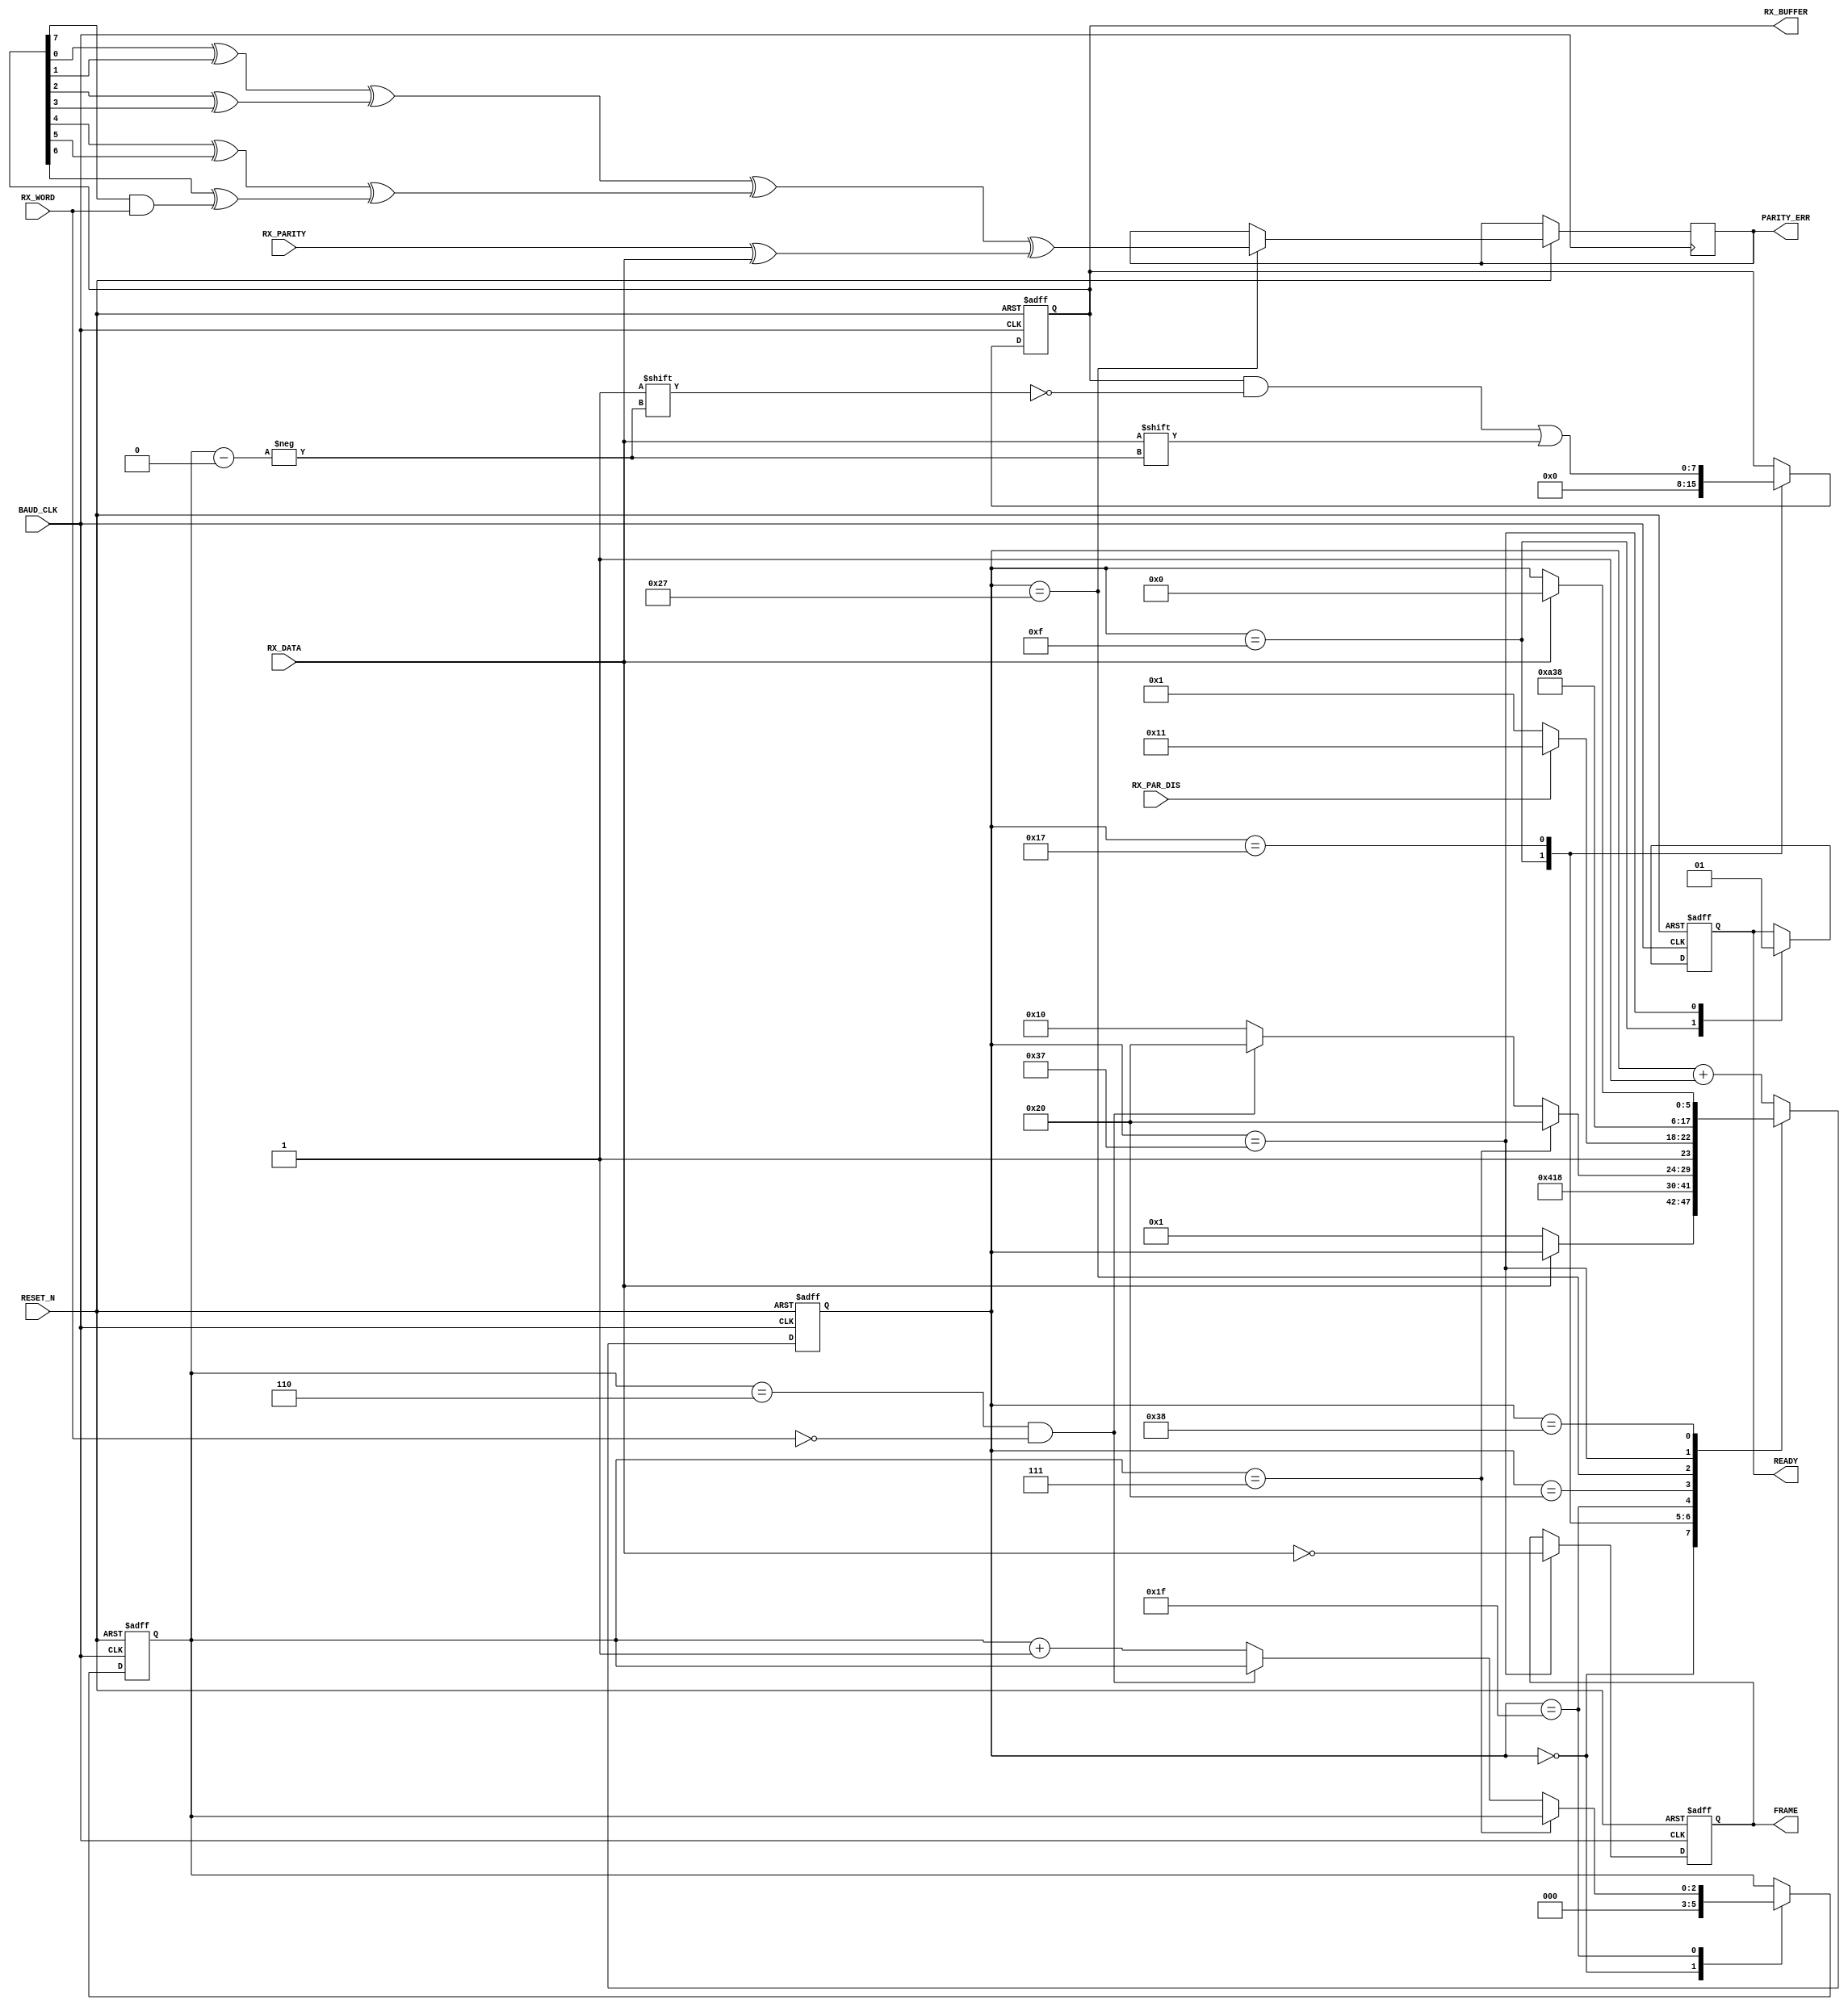
////////////////////////////////////////////////////////////////////////////////
// Project Name:	CoCo3FPGA Version 1.0
//
// CoCo3 in an FPGA
// Based on the Spartan 3 Starter board by Digilent Inc.
// with the 1000K gate upgrade
//
// Revision: 1.0 08/31/08
////////////////////////////////////////////////////////////////////////////////
//
// CPU section copyrighted by John Kent
//
////////////////////////////////////////////////////////////////////////////////
//
// Color Computer 3 compatible system on a chip
//
// Version : 1.0
//
// Copyright (c) 2008 Gary Becker (gary_l_becker@yahoo.com)
//
// All rights reserved
//
// Redistribution and use in source and synthezised forms, with or without
// modification, are permitted provided that the following conditions are met:
//
// Redistributions of source code must retain the above copyright notice,
// this list of conditions and the following disclaimer.
//
// Redistributions in synthesized form must reproduce the above copyright
// notice, this list of conditions and the following disclaimer in the
// documentation and/or other materials provided with the distribution.
//
// Neither the name of the author nor the names of other contributors may
// be used to endorse or promote products derived from this software without
// specific prior written permission.
//
// THIS SOFTWARE IS PROVIDED BY THE COPYRIGHT HOLDERS AND CONTRIBUTORS "AS IS"
// AND ANY EXPRESS OR IMPLIED WARRANTIES, INCLUDING, BUT NOT LIMITED TO,
// THE IMPLIED WARRANTIES OF MERCHANTABILITY AND FITNESS FOR A PARTICULAR
// PURPOSE ARE DISCLAIMED. IN NO EVENT SHALL THE AUTHOR OR CONTRIBUTORS BE
// LIABLE FOR ANY DIRECT, INDIRECT, INCIDENTAL, SPECIAL, EXEMPLARY, OR
// CONSEQUENTIAL DAMAGES (INCLUDING, BUT NOT LIMITED TO, PROCUREMENT OF
// SUBSTITUTE GOODS OR SERVICES; LOSS OF USE, DATA, OR PROFITS; OR BUSINESS
// INTERRUPTION) HOWEVER CAUSED AND ON ANY THEORY OF LIABILITY, WHETHER IN
// CONTRACT, STRICT LIABILITY, OR TORT (INCLUDING NEGLIGENCE OR OTHERWISE)
// ARISING IN ANY WAY OUT OF THE USE OF THIS SOFTWARE, EVEN IF ADVISED OF THE
// POSSIBILITY OF SUCH DAMAGE.
//
// Please report bugs to the author, but before you do so, please
// make sure that this is not a derivative work and that
// you have the latest version of this file.
//
// The latest version of this file can be found at:
//      http://groups.yahoo.com/group/CoCo3FPGA
//
// File history :
//
//  1.0		Full release
//
////////////////////////////////////////////////////////////////////////////////
// Gary Becker
// gary_L_becker@yahoo.com
////////////////////////////////////////////////////////////////////////////////

module UART_RX(
RESET_N,
BAUD_CLK,
//E,
//REG_READ,
RX_DATA,
RX_BUFFER,
// RX_READY,
RX_WORD,
RX_PAR_DIS,
RX_PARITY,
PARITY_ERR,
// OVERRUN,
FRAME,
READY
);
input					RESET_N;
input					BAUD_CLK;
//input					E;
//input					REG_READ;
input					RX_DATA;
output	[7:0]		RX_BUFFER;
reg		[7:0]		RX_BUFFER;
//input					RX_READY;
//reg					RX_READY;
input					RX_WORD;
input					RX_PAR_DIS;
input					RX_PARITY;
output				PARITY_ERR;
reg					PARITY_ERR;
// output				OVERRUN;
reg					OVERRUN;
output				FRAME;
reg					FRAME;
output				READY;
reg               READY;
reg		[5:0]		STATE;
reg		[2:0]		BIT;
//reg		[1:0]		READ_STATE;

always @ (posedge BAUD_CLK or negedge RESET_N)
begin
	if(!RESET_N)
	begin
		RX_BUFFER <= 8'h00;
		STATE <= 6'b000000;
//		OVERRUN <= 1'b0;
		FRAME <= 1'b0;
		BIT <= 3'b000;
		READY <= 1'b0;
	end
	else
	begin
		case (STATE)
		6'b000000:
		begin
			BIT <= 3'b000;
			if(~RX_DATA)
				STATE <= 6'b000001;
		end
		6'b001111:										// End of the Start bit, clear buffer
		begin
				STATE <= 6'b010000;
				RX_BUFFER <= 8'h00;
				READY <= 1'b0;
		end
		6'b010111:
		begin
			RX_BUFFER[BIT] <= RX_DATA;
			STATE <= 6'b011000;
		end
		6'b011111:
		begin
			if(BIT == 3'b111)
				STATE <= 6'b100000;
			else
			begin
				if((BIT == 3'b110) && !RX_WORD)
					STATE <= 6'b100000;
				else
				begin
					BIT <= BIT + 1;
					STATE <= 6'b010000;
				end
			end
		end
		6'b100000:
		begin
			if(RX_PAR_DIS)
				STATE <= 6'b110001;		// get stop
			else
				STATE <= 6'b100001;		// get parity
		end
		6'b100111:	//39
		begin
			PARITY_ERR <=((((RX_BUFFER[0] ^ RX_BUFFER[1])
							 ^  (RX_BUFFER[2] ^ RX_BUFFER[3]))
							 ^ ((RX_BUFFER[4] ^ RX_BUFFER[5])
							 ^  (RX_BUFFER[6] ^ (RX_BUFFER[7] & RX_WORD))))	// clear bit #8 if only 7 bits
							 ^  (RX_PARITY ^ RX_DATA));
			STATE <= 6'b101000;
		end
		6'b110111:		//55					// stop bit
		begin
			FRAME <= !RX_DATA;			// if data != 1 then not stop bit
			STATE <= 6'b111000;
			READY <= 1'b1;
		end
// In case of a framing error, wait until data is 1 then start over
// We wait for 4 clock cycles so the data can be captured in the
// READ_STATE machine which runs at CPU clock
		6'b111000:
		begin
			if(RX_DATA)
				STATE <= 6'b000000;
		end
		default: STATE <= STATE + 1;
		endcase
	end
end
endmodule